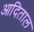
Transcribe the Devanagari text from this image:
आदिताल